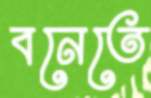
বনেতে